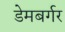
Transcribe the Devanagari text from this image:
डेमबर्गर